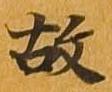
故